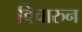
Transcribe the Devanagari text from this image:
विचारुन